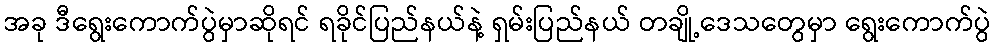
အခု ဒီရွေးကောက်ပွဲမှာဆိုရင် ရခိုင်ပြည်နယ်နဲ့ ရှမ်းပြည်နယ် တချို့ဒေသတွေမှာ ရွေးကောက်ပွဲ